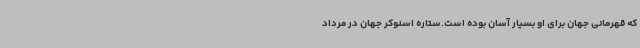
که قهرمانی جهان برای او بسیار آسان بوده است.ستاره اسنوکر جهان در مرداد